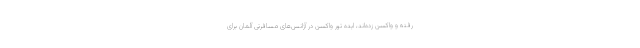
رفته و واکسن زده‌اند، ایده تور واکسن در آژانس‌های مسافرتی آلمان برای